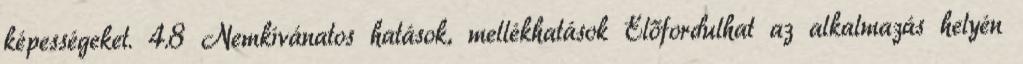
képességeket. 4.8 Nemkívánatos hatások, mellékhatások Előfordulhat az alkalmazás helyén